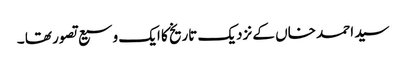
سید احمد خاں کے نزدیک تاریخ کا ایک وسیع تصور تھا ۔